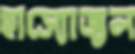
হাস্যোজ্বল